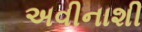
અવીનાશી